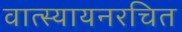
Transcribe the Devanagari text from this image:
वात्स्यायनरचित